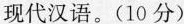
现代汉语。(10分)